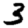
Digit: 3